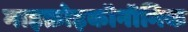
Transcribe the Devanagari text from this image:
माइक्रोइकॉनॉमिक